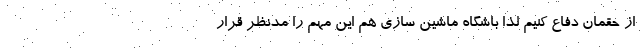
از حقمان دفاع کنیم لذا باشگاه ماشین سازی هم این مهم را مدنظر قرار